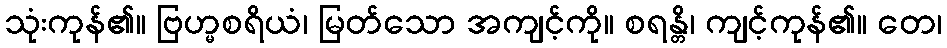
သုံးကုန်၏။ ဗြဟ္မစရိယံ၊ မြတ်သော အကျင့်ကို။ စရန္တိ၊ ကျင့်ကုန်၏။ တေ၊